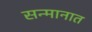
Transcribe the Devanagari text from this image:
सन्मानात